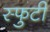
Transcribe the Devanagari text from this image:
स्फुटी